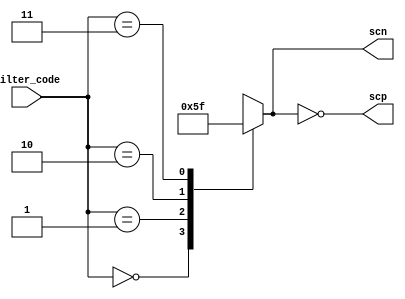
// This program was cloned from: https://github.com/chipsalliance/aib-phy-hardware
// License: Apache License 2.0

// SPDX-License-Identifier: Apache-2.0
// Copyright (C) 2019 Intel Corporation. 
//------------------------------------------------------------------------
//
// Revision:    $Revision: #1 $
//------------------------------------------------------------------------
// Description: 16 phase interpolator min
//
//------------------------------------------------------------------------

module io_filter_dec (
input	   [1:0] filter_code,      // 00 = 1.6 GHz, 01 = 1.2 GHz, 10 = 1.0 GHz, 11 = 0.8 GHz
output	   [3:1] scp,     
output reg [3:1] scn     
);

//filter code decode

always @(*)
  case (filter_code[1:0])
    2'b00 :  scn[3:1] = 3'b000;
    2'b01 :  scn[3:1] = 3'b001;
    2'b10 :  scn[3:1] = 3'b011;
    2'b11 :  scn[3:1] = 3'b111;
  endcase
assign scp[3:1] = ~scn[3:1];

endmodule